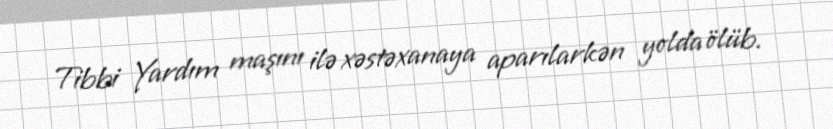
Tibbi Yardım maşını ilə xəstəxanaya aparılarkən yolda ölüb.